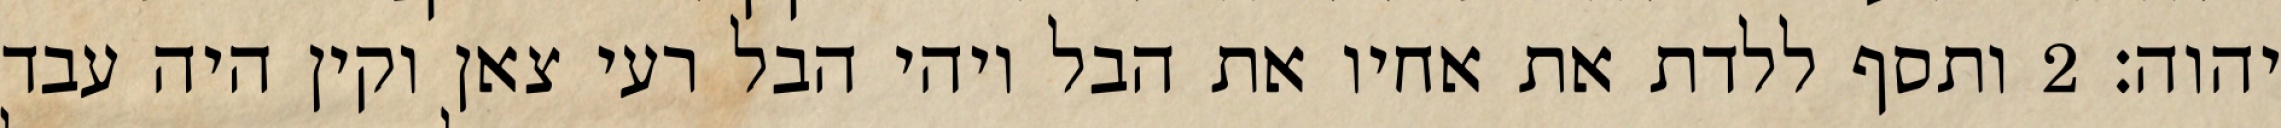
יהוה׃ ‎2‏ ותסף ללדת את אחיו את הבל ויהי הבל רעי צאן וקין היה עבד